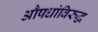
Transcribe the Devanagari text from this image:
औषधांविरुद्ध